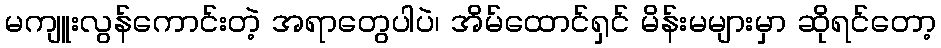
မကျူးလွန်ကောင်းတဲ့ အရာတွေပါပဲ၊ အိမ်ထောင်ရှင် မိန်းမများမှာ ဆိုရင်တော့